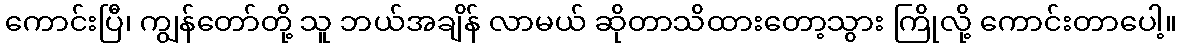
ကောင်းပြီ၊ ကျွန်တော်တို့ သူ ဘယ်အချိန် လာမယ် ဆိုတာသိထားတော့သွား ကြိုလို့ ကောင်းတာပေါ့။